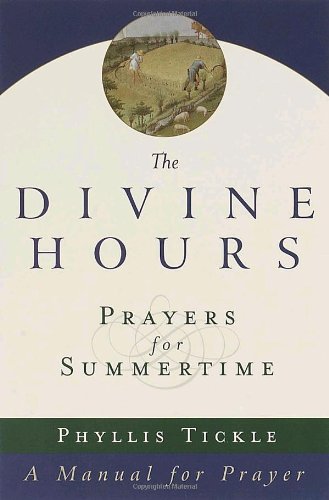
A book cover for The Divine Hours: Prayers for Summertime--A Manual for Prayer (v. 1); Phyllis Tickle; Religion & Spirituality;